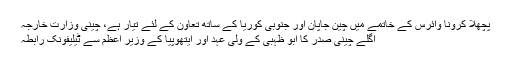
پچھلا کرونا وائرس کے خاتمے میں چین جاپان اور جنوبی کوریا کے ساتھ تعاون کے لئے تیار ہے، چینی وزارت خارجہ
اگلے چینی صدر کا ابو ظہبی کے ولی عہد اور ایتھوپیا کے وزیر اعظم سے ٹیلیفونک رابطہ